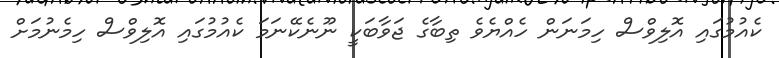
ކެއުމުގައި އޮލިވްސް ހިމަނަން ހެއްޔެވެ ތިބާގެ ޖަވާބަކީ ނޫނެކޭނަމަ ކެއުމުގައި އޮލިވްސް ހިމެނުމަށް